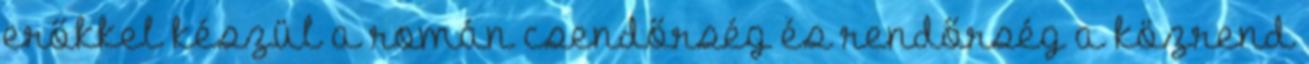
erőkkel készül a román csendőrség és rendőrség a közrend